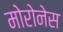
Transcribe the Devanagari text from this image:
मोरोनेस